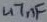
Text: 47nF